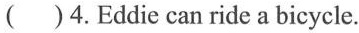
( )4.Eddie can ride a bicycle.